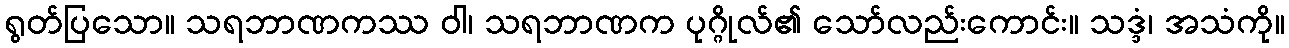
ရွတ်ပြသော။ သရဘာဏကဿ ဝါ၊ သရဘာဏက ပုဂ္ဂိုလ်၏ သော်လည်းကောင်း။ သဒ္ဒံ၊ အသံကို။